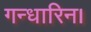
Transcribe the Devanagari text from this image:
गन्धारिन।